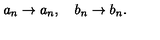
a _ { n } \rightarrow a _ { n } , \quad b _ { n } \rightarrow b _ { n } .